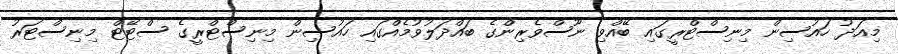
މިއަދު ހައުސިން މިނިސްޓްރީގައި ބޭއްވި ނޫސްވެރިންގެ ބައްދަލުވުމެއްގައި ހައުސިން މިނިސްޓްރީގެ ސްޓޭޓް މިނިސްޓަރު